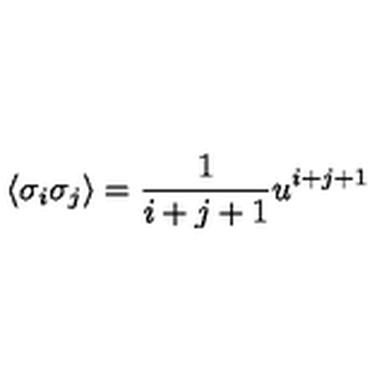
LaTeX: \langle \sigma _ { i } \sigma _ { j } \rangle = \frac { 1 } { i + j + 1 } u ^ { i + j + 1 }